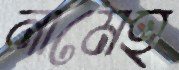
নামেহ